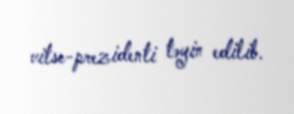
vitse-prezidenti təyin edilib.